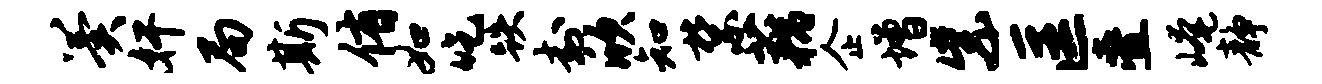
翼奸局斯侑如吃跌封欣知禁藕企增紫匡叠崦静